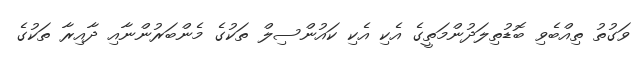
ވަގުތު ތިއްބެވި ބޮޑުތިލަދުންމަތީގެ އެކި އެކި ކައުންސިލް ތަކުގެ މެންބަރުންނާއި ދާއިރާ ތަކުގެ